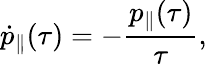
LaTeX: \dot{p}_{\parallel}(\tau)=-{\frac{p_{\parallel}(\tau)}{\tau}},